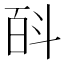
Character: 㪶